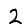
Digit: 2